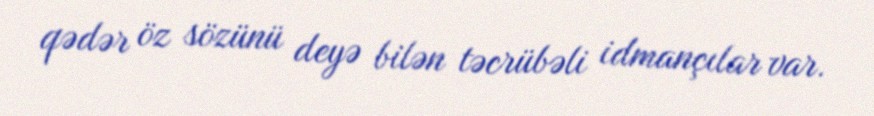
qədər öz sözünü deyə bilən təcrübəli idmançılar var.